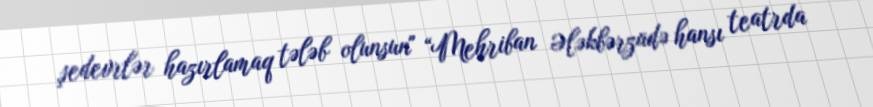
şedevrlər hazırlamaq tələb olunsun" “Mehriban Ələkbərzadə hansı teatrda